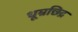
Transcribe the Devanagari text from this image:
धूम्रछिद्र